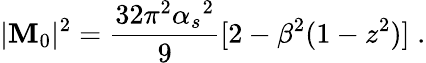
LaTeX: |\mathbf{M}_{0}|^{2}=\frac{{32\pi^{2}{\alpha_{s}}^{2}}}{{9}}[2-\beta^{2}(1-z^{2})]\; .